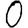
Digit: 0